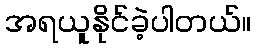
အရယူနိုင်ခဲ့ပါတယ်။